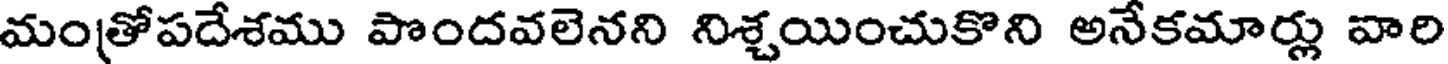
మంత్రోపదేశము పొందవలెనని నిశ్చయించుకొని అనేకమార్లు వారి